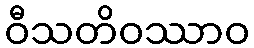
ဝီသတိဝဿာဝ